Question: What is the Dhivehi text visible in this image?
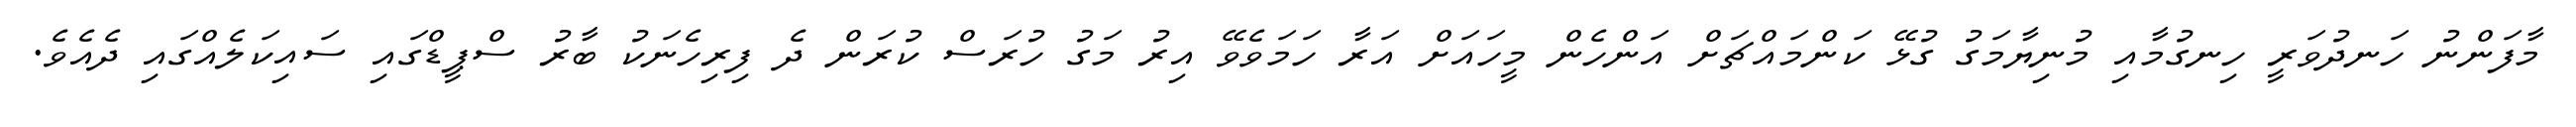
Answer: މާފަންނު ހަނދުވަރީ ހިނގުމާއި މުނިޔާމަގު ގުޅޭ ކަންމައްޗަށް އަންހެން މީހައަށް އަރާ ހަމަވެވޭ އިރު މަގު ހުރަސް ކުރަން ދެ ފިރިހެނަކު ބާރު ސްޕީޑްގައި ސައިކަލެއްގައި ދެއެވެ.